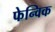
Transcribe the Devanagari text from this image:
फेन्विक